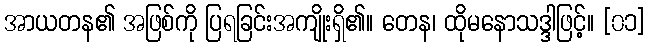
အာယတန၏ အဖြစ်ကို ပြရခြင်းအကျိုးရှိ၏။ တေန၊ ထိုမနောသဒ္ဒါဖြင့်။ [၀၁]